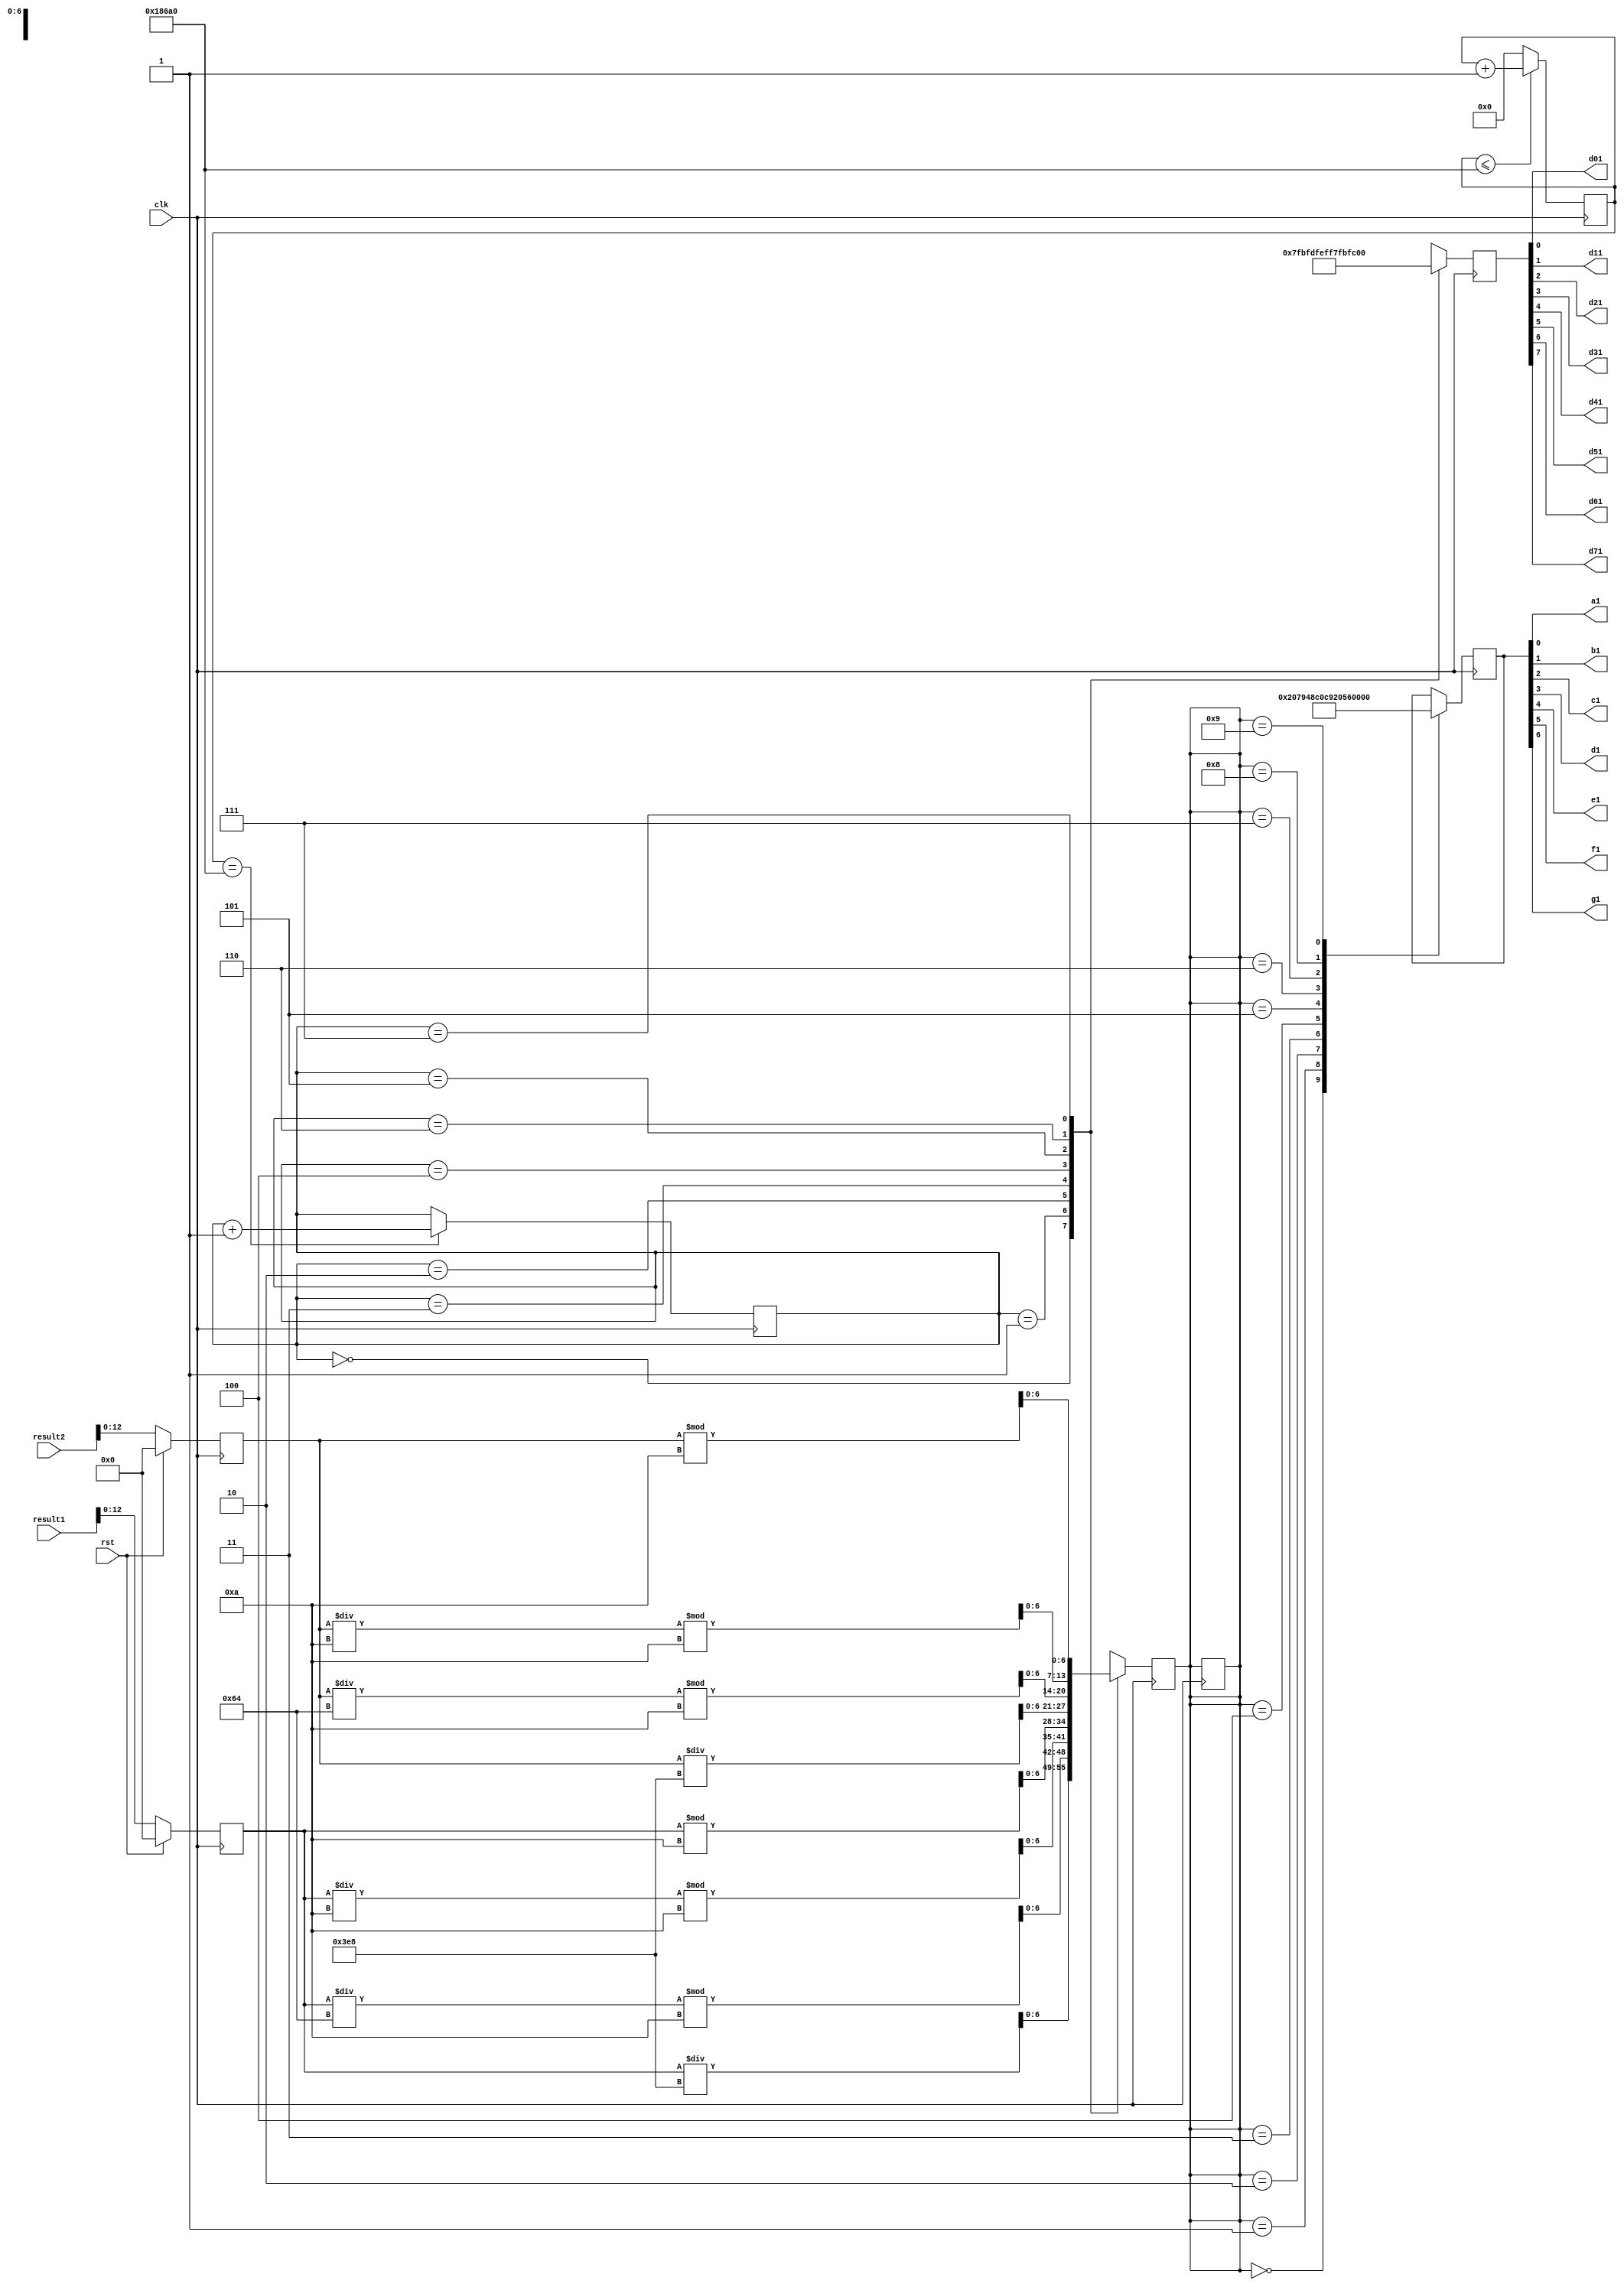
`timescale 1ns / 1ps


module top(
    input clk, 
	input rst,
	input[31:0] result1,
	input[31:0] result2,
	
    output a1,
    output b1,
    output c1,
    output d1,
    output e1,
    output f1,
    output g1,
    //output dp,
    output d01,
    output d11,
    output d21,
    output d31,
    output d41,
    output d51,
    output d61,
    output d71 
    );
//reg [5:0] first_number,second_number;
reg [20:0] counter;
reg [2:0] state;
reg [6:0] seg_number,seg_data;
reg [12:0] answer_number1, answer_number2;
reg [7:0] scan;


//wtite down your code here
always@(posedge clk)begin
	if(rst) begin
		answer_number1 <= 13'd0;
		answer_number2 <= 13'd0;
	end
	//second_number <= {sw5,sw4,sw3,sw2,sw1,sw0};
	//first_number <= {sw11,sw10,sw9,sw8,sw7,sw6};
	else begin
		  answer_number1 <= result1[12:0];
		  answer_number2 <= result2[12:0];
	end
end

//8??(d0~d7)7-segment(a~g)??? dp???k?U????.
assign {d71,d61,d51,d41,d31,d21,d11,d01} = scan; //?G???@??LED
//assign dp = ((state==1) || (state==3)) ? 0 : 1;  //1,3 light_on
always@(posedge clk) begin
  counter <=(counter<=100000) ? (counter +1) : 0;
  state <= (counter==100000) ? (state + 1) : state;

	case(state)
		0:begin
			//seg_number <= first_number/10;//6??switch???h??63,63/10=6,???b????
			seg_number <= answer_number1/1000;
			scan <= 8'b0111_1111;
		end
		1:begin
			//seg_number <= first_number%10;//63%10=3,???b?k??
			seg_number <= (answer_number1/100)%10;
			scan <= 8'b1011_1111;
		end
		2:begin
			//seg_number <= second_number/10;
			seg_number <= (answer_number1/10)%10;
			scan <= 8'b1101_1111;
		end
		3:begin
			//seg_number <= second_number%10;
			seg_number <= answer_number1%10;
			scan <= 8'b1110_1111;
		end
		4:begin
			//seg_number <= answer_number/1000;//63*63=3969,3969/1000=3
			seg_number <= answer_number2/1000;
			scan <= 8'b1111_0111;
		end
		5:begin
			//seg_number <= (answer_number%1000)/100;//3969%1000=969,969/1000=9
			seg_number <= (answer_number2/100)%10;
			scan <= 8'b1111_1011;
		end
		6:begin
			//seg_number <= (answer_number%100)/10;
			seg_number <= (answer_number2/10)%10;
			scan <= 8'b1111_1101;
		end
		7:begin
			//seg_number <= answer_number%10;
			seg_number <= answer_number2%10;
			scan <= 8'b1111_1110;
		end
		default: state <= state;
	endcase 
end  


assign {g1,f1,e1,d1,c1,b1,a1} = seg_data;
always@(posedge clk) begin  
  case(seg_number)
	16'd0:seg_data <= 7'b100_0000;
	16'd1:seg_data <= 7'b111_1001;
	16'd2:seg_data <= 7'b010_0100;
	16'd3:seg_data <= 7'b011_0000;
	16'd4:seg_data <= 7'b001_1001;
	16'd5:seg_data <= 7'b001_0010;
	16'd6:seg_data <= 7'b000_0010;
	16'd7:seg_data <= 7'b101_1000;
	16'd8:seg_data <= 7'b000_0000;
	16'd9:seg_data <= 7'b001_0000;
	default: seg_number <= seg_number;
  endcase
end 
endmodule